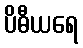
ပိဓီယရေ